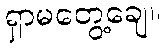
ရှာမတွေ့ချေ။